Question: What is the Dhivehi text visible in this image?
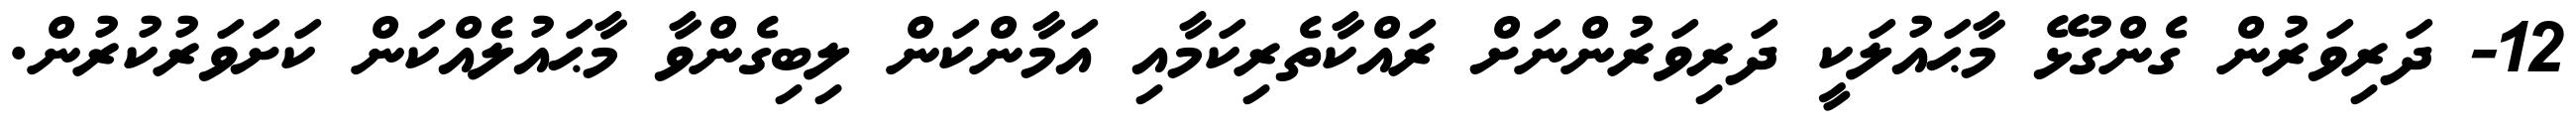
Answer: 12- ދަރިވަރުން ގެންގުޅޭ މާޙައުލަކީ ދަރިވަރުންނަށް ރައްކާތެރިކަމާއި އަމާންކަން ލިބިގެންވާ މާޙައުލެއްކަން ކަށަވަރުކުރުން.